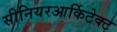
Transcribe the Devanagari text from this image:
सीनियरआर्किटेक्ट